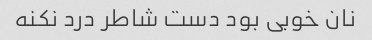
نان خوبی بود دست شاطر درد نکنه